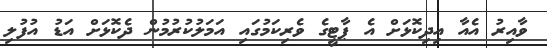
ވާއިރު އެއާ އިދިކޮޅަށް އެ ޕާޓީގެ ވެރިކަމުގައި އަމަލުކުރުމުން ދެކޮޅަށް އަޑު އުފުލި